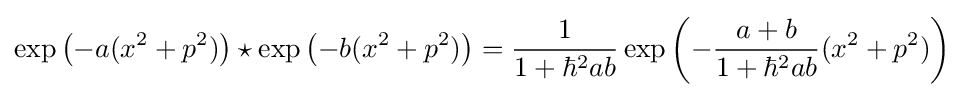
\exp {\big (}{-a}(x^{2}+p^{2}){\big )}\star \exp {\big (}{-b}(x^{2}+p^{2}){\big )}={\frac {1}{1+\hbar ^{2}ab}}\exp \left(-{\frac {a+b}{1+\hbar ^{2}ab}}(x^{2}+p^{2})\right)